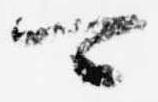
可